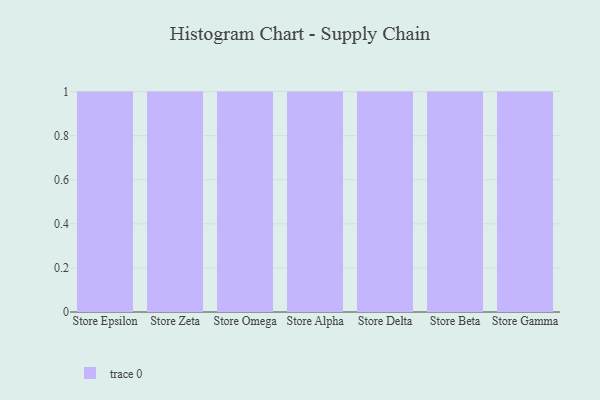
{"axis": {"x": "Store", "y": "Demand Index"}, "legend": [""], "data": [{"x": "Store Epsilon", "y": 45, "type": ""}, {"x": "Store Zeta", "y": 95, "type": ""}, {"x": "Store Omega", "y": 34, "type": ""}, {"x": "Store Alpha", "y": 61, "type": ""}, {"x": "Store Delta", "y": 5, "type": ""}, {"x": "Store Beta", "y": 3, "type": ""}, {"x": "Store Gamma", "y": 86, "type": ""}]}